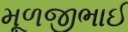
મૂળજીભાઈ